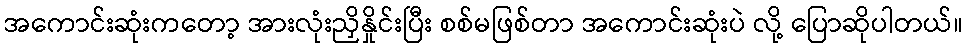
အကောင်းဆုံးကတော့ အားလုံးညှိနှိုင်းပြီး စစ်မဖြစ်တာ အကောင်းဆုံးပဲ လို့ ပြောဆိုပါတယ်။